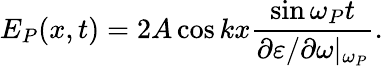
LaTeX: E_{P}(x,t)=2A\cos kx\frac{\sin\omega_{P}t}{\partial\varepsilon/\partial\omega|_{\omega_{P}}}.